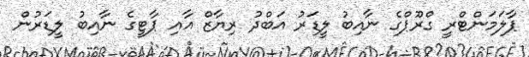
ޕާލަމަންޓްރީ ގްރޫޕްގެ ނާއިބު ލީޑަރު އަބްދު ރިޔާޒް އާއި ޕާޓީގެ ނާއިބު ލީޑަރުން